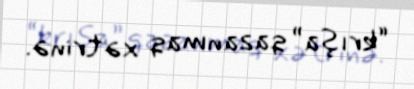
“krışa” qazanmaq xətrinə.